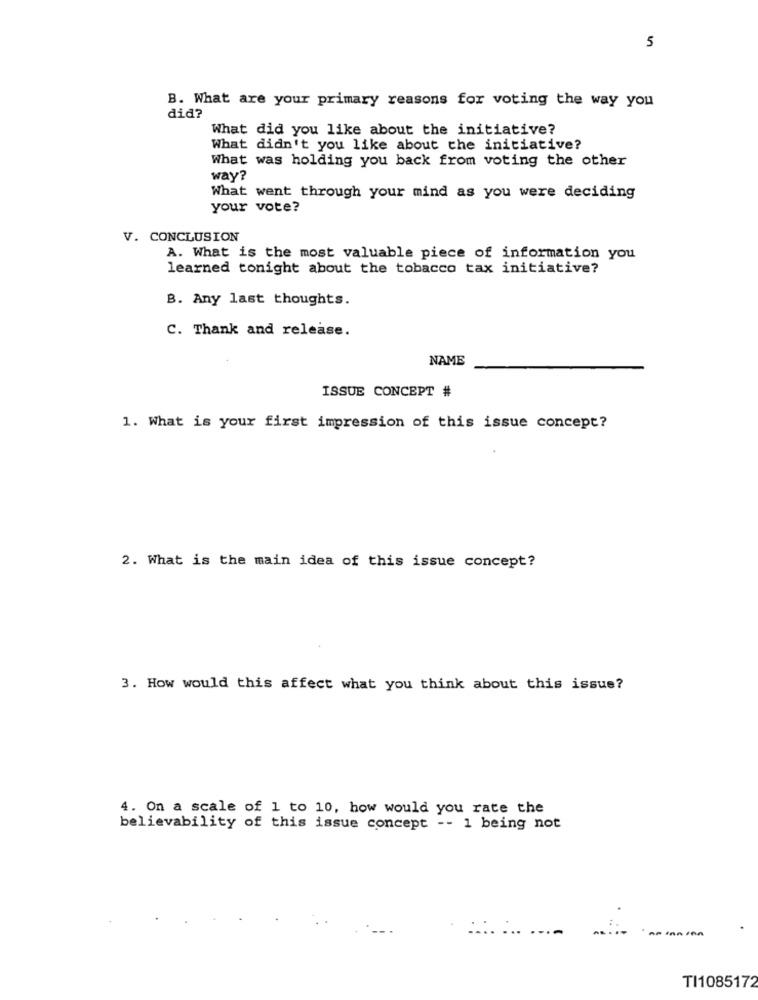
5
B. What are your primary reasons for voting the way you
did?
What did you like about the initiative?
What didn't you like about the initiative?
What was holding you back from voting the other
way?
What went through your mind as you were deciding
your vote?
V. CONCLUSION
A. What is the most valuable piece of information you
learned tonight about the tobacco tax initiative?
B. Any last thoughts.
C. Thank and release.
NAME
ISSUE CONCEPT #
1. What is your first impression of this issue concept?
2. What is the main idea of this issue concept?
3. How would this affect what you think about this issue?
4. On a scale of 1 to 10, how would you rate the
believability of this issue concept -- 1 being not
TI1085172